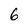
Character: 6